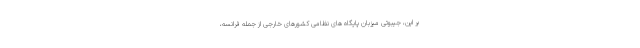
بر این، جیبوتی میزبان پایگاه های نظامی کشورهای خارجی از جمله فرانسه،